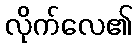
လိုက်လေ၏